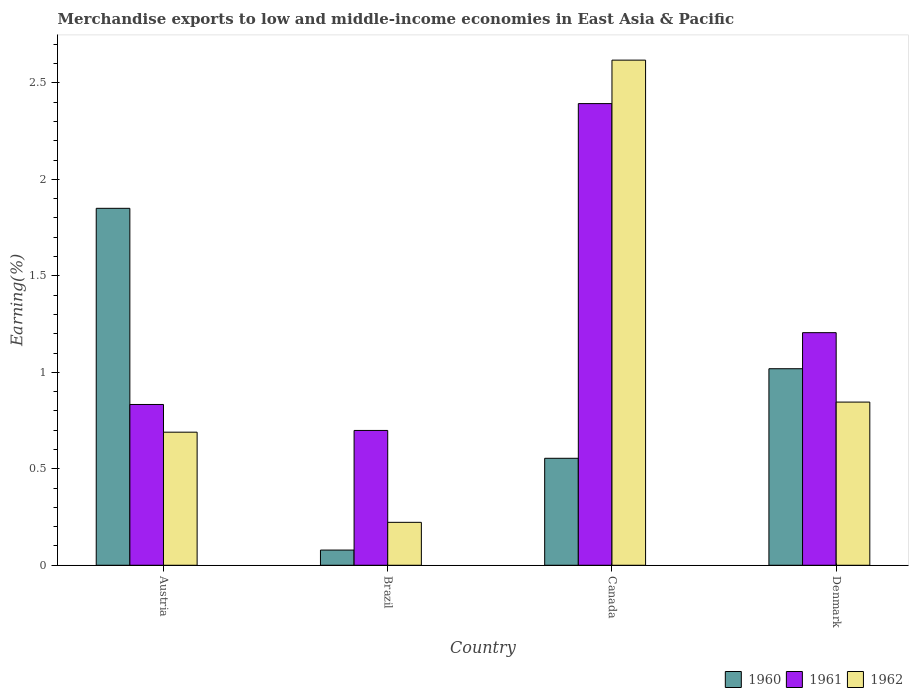
| Country | 1960 | 1961 | 1962 |
 | --- | --- | --- | --- |
 | Austria | 1.85 | 0.833 | 0.69 |
 | Brazil | 0.0787 | 0.699 | 0.222 |
 | Canada | 0.554 | 2.39 | 2.62 |
 | Denmark | 1.02 | 1.21 | 0.846 |